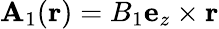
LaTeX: \mathbf{A}_{1}(\mathbf{r})=B_{1}\mathbf{e}_{z}\times\mathbf{r}